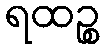
ရထဉ္စ